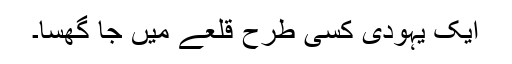
ایک یہودی کسی طرح قلعے میں جا گھسا۔